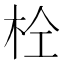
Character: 𭩫